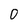
Character: O